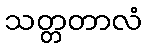
သတ္တတာလံ